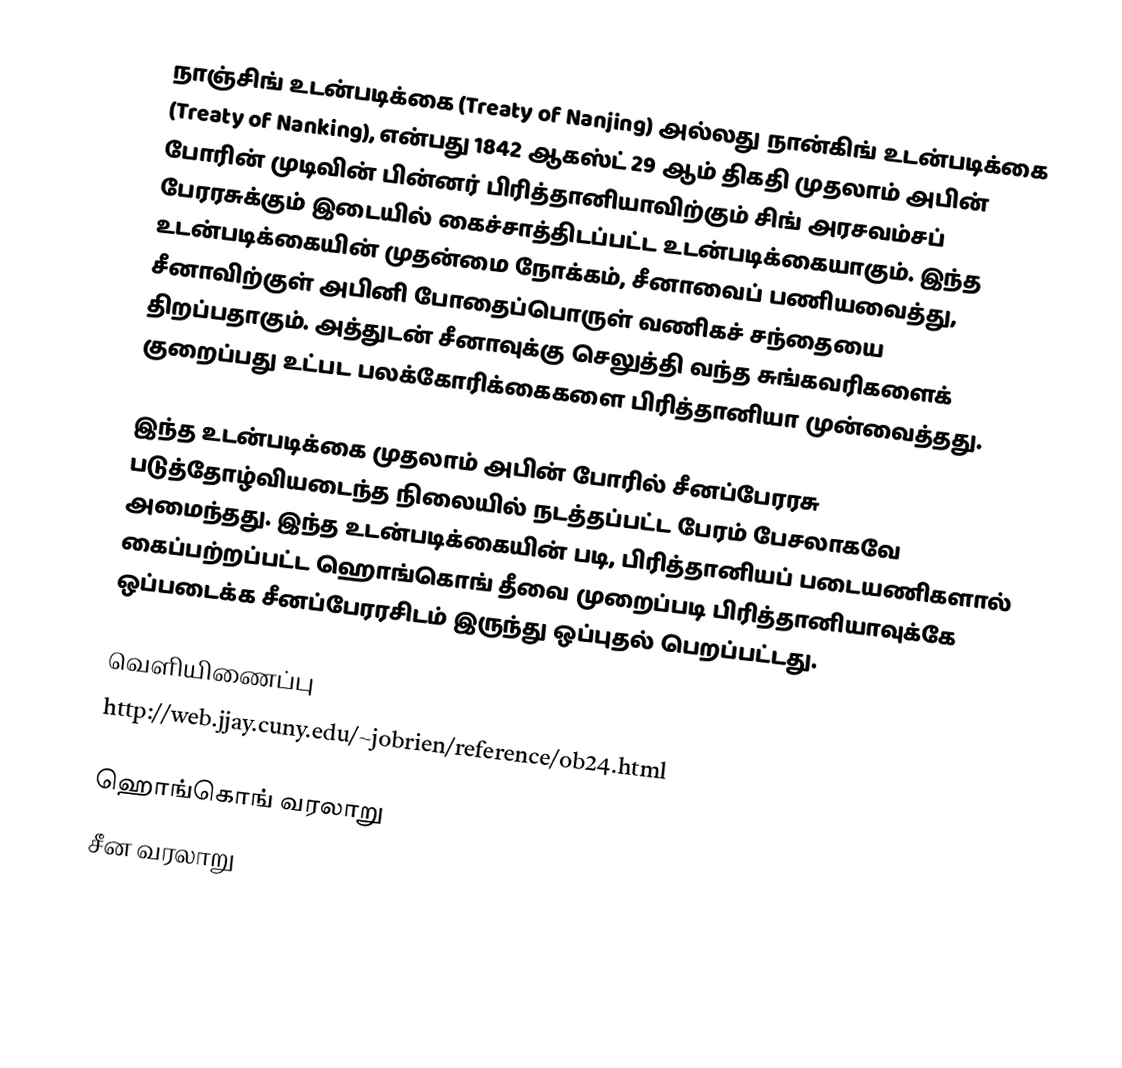
நாஞ்சிங் உடன்படிக்கை (Treaty of Nanjing) அல்லது நான்கிங் உடன்படிக்கை (Treaty of Nanking), என்பது 1842 ஆகஸ்ட் 29 ஆம் திகதி முதலாம் அபின் போரின் முடிவின் பின்னர் பிரித்தானியாவிற்கும் சிங் அரசவம்சப் பேரரசுக்கும் இடையில் கைச்சாத்திடப்பட்ட உடன்படிக்கையாகும். இந்த உடன்படிக்கையின் முதன்மை நோக்கம், சீனாவைப் பணியவைத்து, சீனாவிற்குள் அபினி போதைப்பொருள் வணிகச் சந்தையை திறப்பதாகும். அத்துடன் சீனாவுக்கு செலுத்தி வந்த சுங்கவரிகளைக் குறைப்பது உட்பட பலக்கோரிக்கைகளை பிரித்தானியா முன்வைத்தது.

இந்த உடன்படிக்கை முதலாம் அபின் போரில் சீனப்பேரரசு படுத்தோழ்வியடைந்த நிலையில் நடத்தப்பட்ட பேரம் பேசலாகவே அமைந்தது. இந்த உடன்படிக்கையின் படி, பிரித்தானியப் படையணிகளால் கைப்பற்றப்பட்ட ஹொங்கொங் தீவை முறைப்படி பிரித்தானியாவுக்கே ஒப்படைக்க சீனப்பேரரசிடம் இருந்து ஒப்புதல் பெறப்பட்டது.

வெளியிணைப்பு
 http://web.jjay.cuny.edu/~jobrien/reference/ob24.html

ஹொங்கொங் வரலாறு
சீன வரலாறு